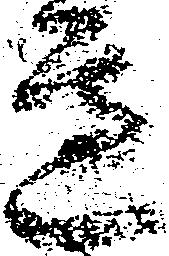
辺